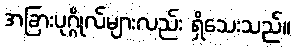
အခြားပုဂ္ဂိုလ်များလည်း ရှိသေးသည်။